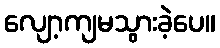
လျော့ကျမသွားခဲ့ပေ။